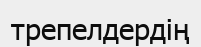
трепелдердің